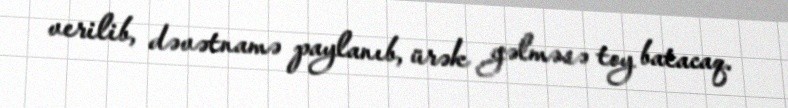
verilib, dəvətnamə paylanıb, ürək gəlməsə toy batacaq.